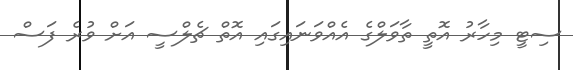
ސިޓީ މިހާރު އޮތީ ތާވަލްގެ އެއްވަނައިގައި އޮތް ޗެލްސީ އަށް ވުރެ ފަސް